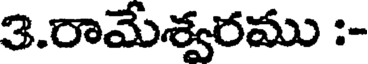
3.రామేశ్వరము :-